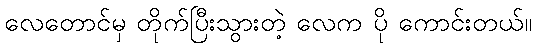
လေတောင်မှ တိုက်ပြီးသွားတဲ့ လေက ပို ကောင်းတယ်။